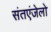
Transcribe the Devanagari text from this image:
संतएंजेलो